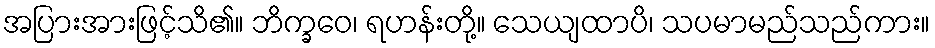
အပြားအားဖြင့်သိ၏။ ဘိက္ခဝေ၊ ရဟန်းတို့။ သေယျထာပိ၊ သပမာမည်သည်ကား။